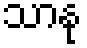
သာနု